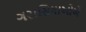
ગરાસિયાઓએ